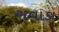
ગવાડા